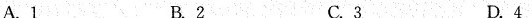
A.1 B.2 C.3 D.4